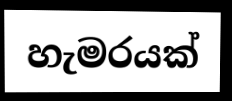
හැමරයක්